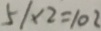
5 1 \times 2 = 1 0 2